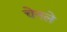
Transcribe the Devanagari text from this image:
चेनले